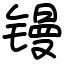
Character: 镘